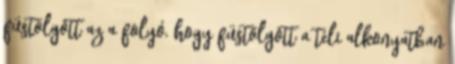
füstölgött az a folyó, hogy füstölgött a téli alkonyatban